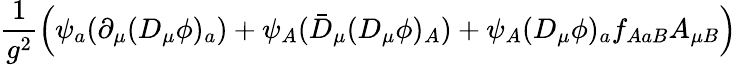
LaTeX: \frac{1}{g^{2}}\left(\psi_{a}(\partial_{\mu}(D_{\mu}\phi)_{a})+\psi_{A}(\bar{D}_{\mu}(D_{\mu}\phi)_{A})+\psi_{A}(D_{\mu}\phi)_{a}f_{AaB}A_{\mu B}\right)